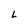
Character: L